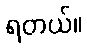
ရတယ်။